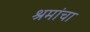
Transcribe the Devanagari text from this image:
श्रमांचा